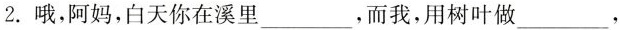
2.阿妈，白天你在溪里___，而我，用树叶做___，